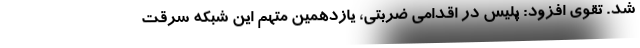
شد. تقوی افزود: پلیس در اقدامی ضربتی، یازدهمین متهم این شبکه سرقت